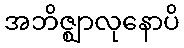
အဘိဇ္ဈာလုနောပိ